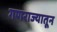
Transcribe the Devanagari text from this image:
गणराज्यातून